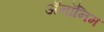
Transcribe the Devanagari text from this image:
ॲनॉनिम